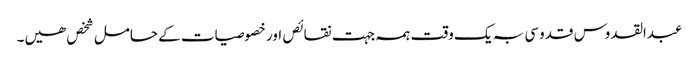
عبدالقدوس قدوسی بہ یک وقت ہمہ جہت نقائص اور خصوصیات کے حامل شخص ھیں۔